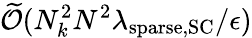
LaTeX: \widetilde{\mathcal{O}}(N_{k}^{2}N^{2}\lambda_{\mathrm{sparse},\mathrm{SC}}/\epsilon)